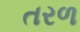
તરળ